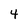
Character: 4